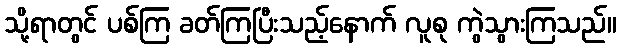
သို့ရာတွင် ပစ်ကြ ခတ်ကြပြီးသည့်နောက် လူစု ကွဲသွားကြသည်။